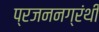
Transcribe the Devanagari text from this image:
प्रजननग्रंथी